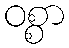
ဝစ္စာ